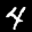
Label: 4